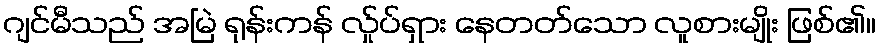
ဂျင်မီသည် အမြဲ ရုန်းကန် လ်ှုပ်ရှား နေတတ်သော လူစားမျိုး ဖြစ်၏။